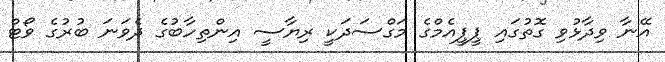
އޭނާ ވިދާޅުވި ގޮތުގައި ޕީޕީއެމްގެ މަގްސަދަކީ ރިޔާސީ އިންތިހާބުގެ ދެވަނަ ބުރުގެ ވޯޓް